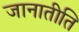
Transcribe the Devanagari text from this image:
जानातीति